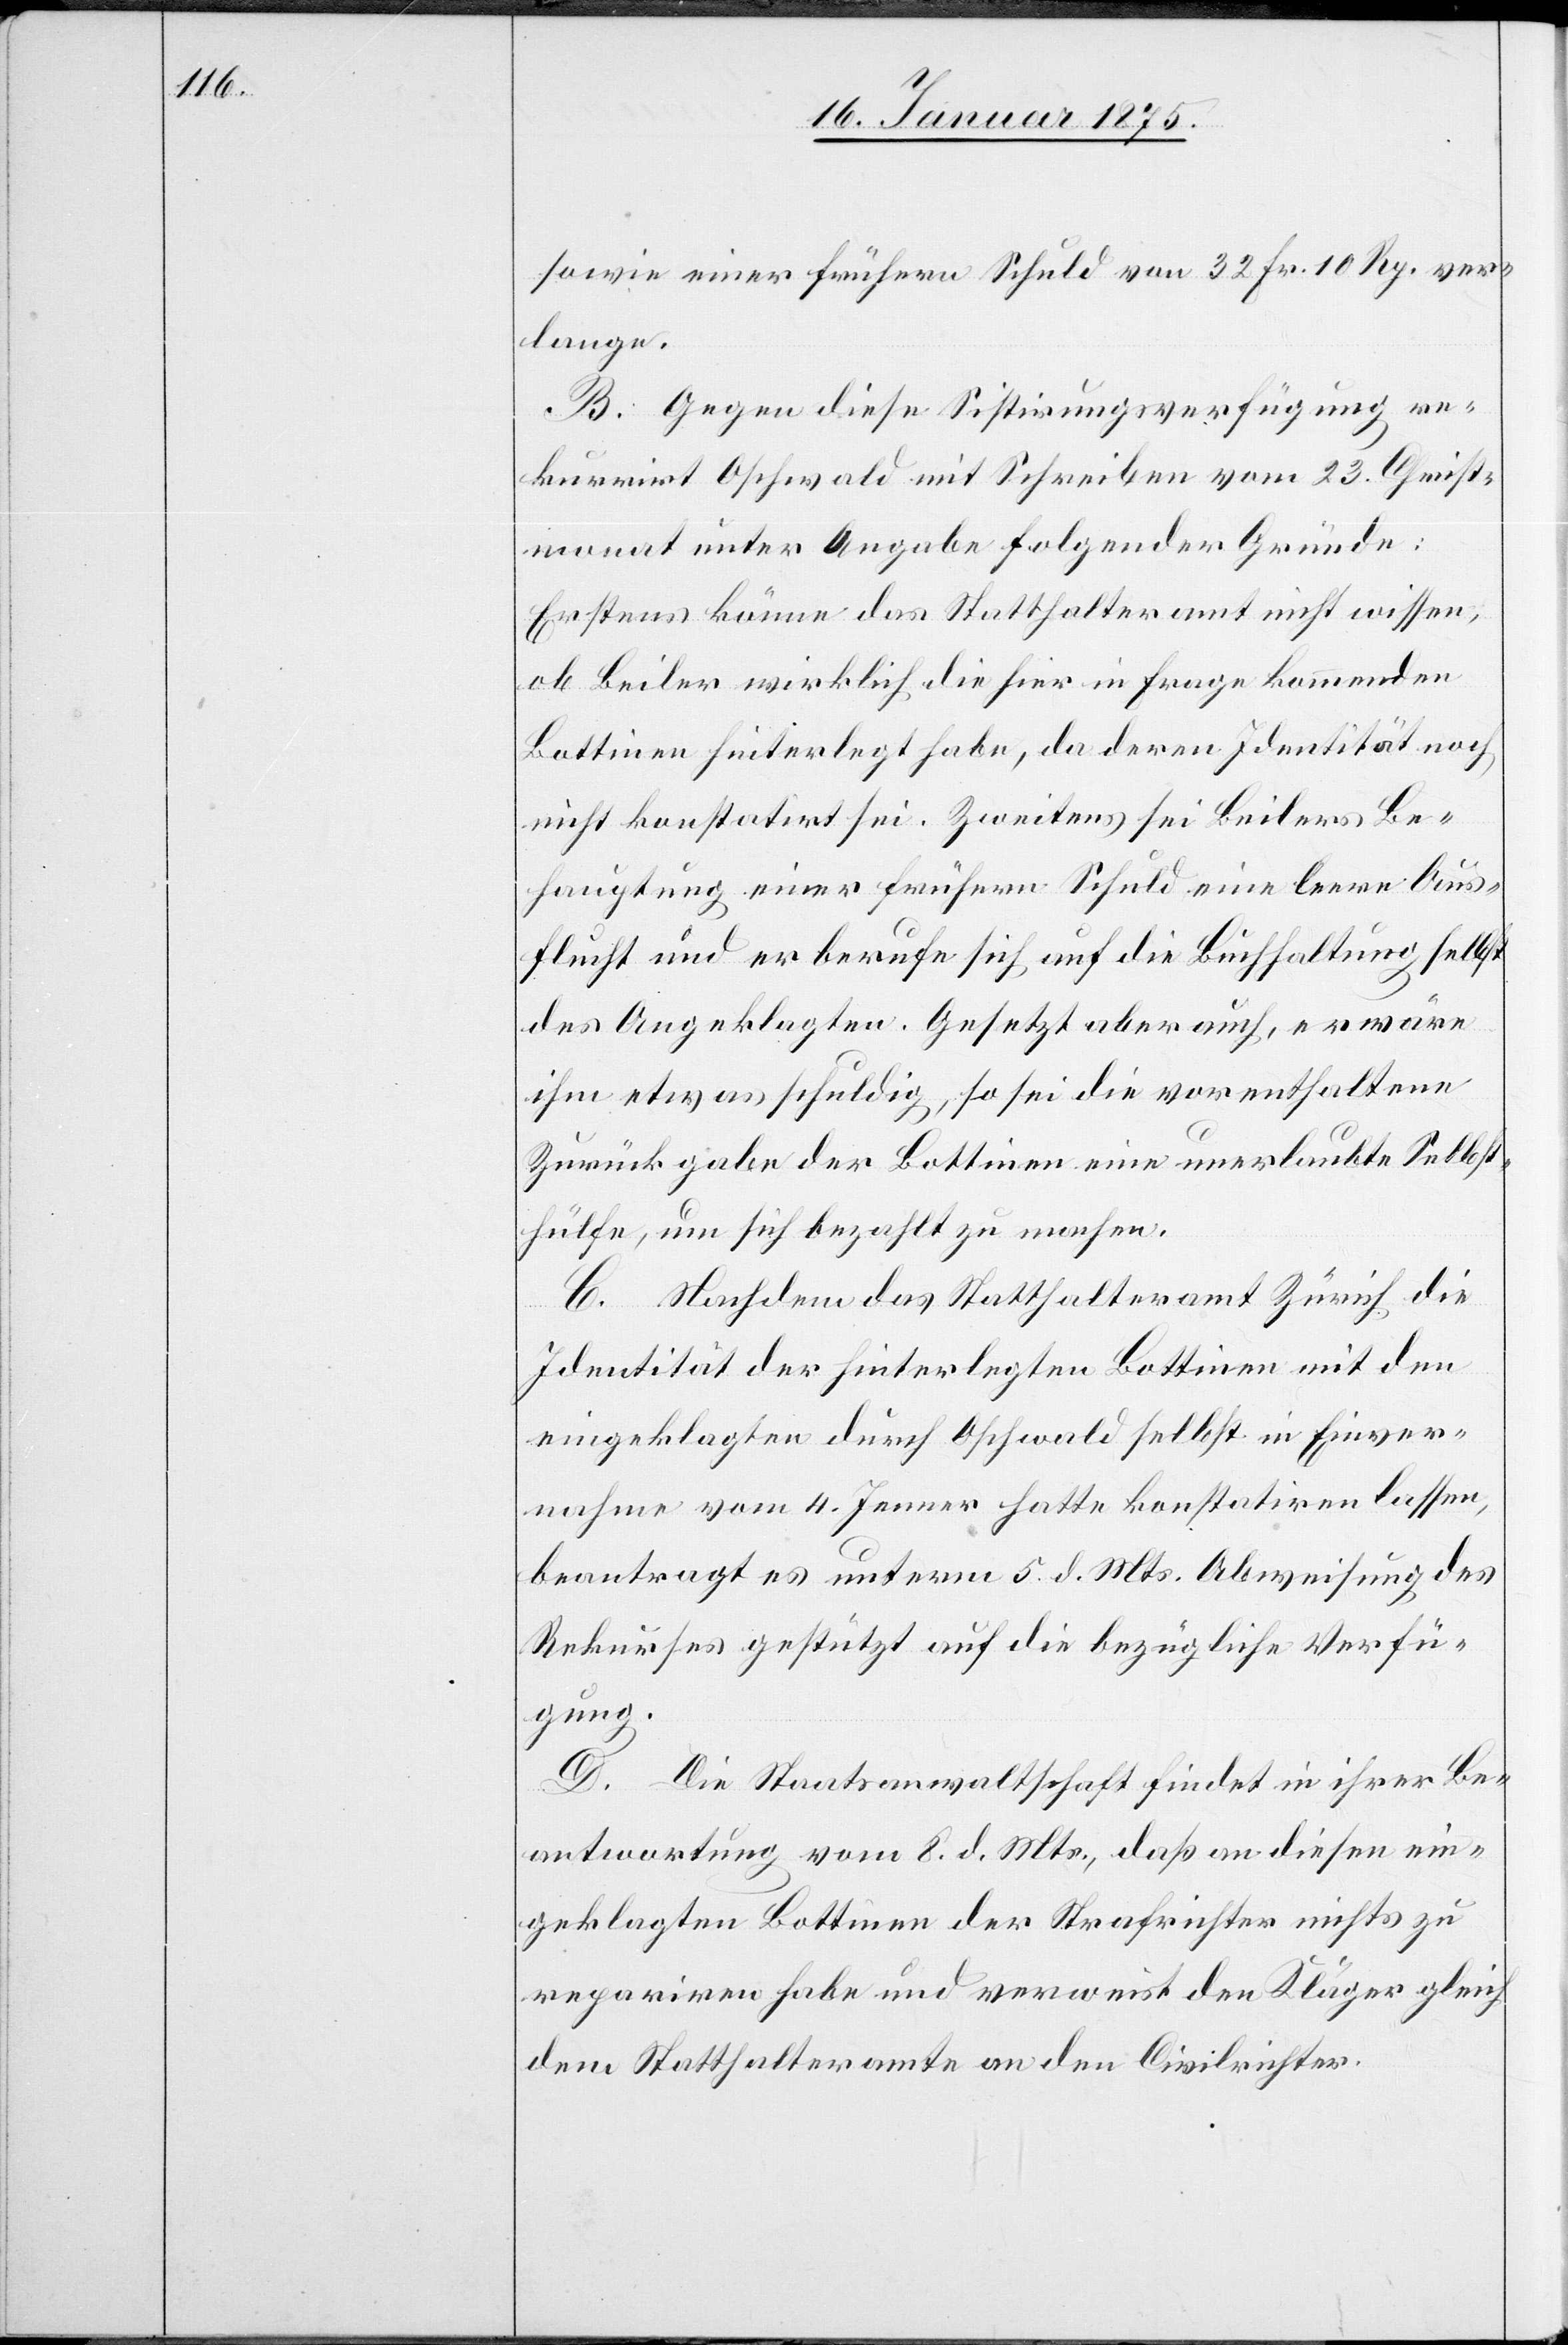
sowie einer frühern Schuld von 32 Fr. 10 Rp. ver¬
lange.
B. Gegen diese Sistirungsverfügung re¬
kurrirt Oschwald mit Schreiben vom 23. Christ¬
monat unter Angabe folgender Gründe:
Erstens könne das Statthalteramt nicht wissen,
ob Beiler wirklich die hier in Frage kommenden
Bottinen hinterlegt habe, da deren Identität noch
nicht konstatirt sei. Zweitens sei Beilers Be¬
hauptung einer frühern Schuld eine leere Aus¬
flucht und er berufe sich auf die Buchhaltung selbst
des Angeklagten. Gesetzt aber auch, er wäre
ihm etwas schuldig, so sei die vorenthaltene
Zurückgabe der Bottinen eine unerlaubte Selbst¬
hülfe, um sich bezahlt zu machen.
C. Nachdem das Statthalteramt Zürich die
Identität der hinterlegten Bottinen mit den
eingeklagten durch Oschwald selbst in Einver¬
nahme vom 4. Jenner hatte konstatiren lassen,
beantragt es unterm 5. d. Mts. Abweisung des
Rekurses gestützt auf die bezügliche Verfü¬
gung.
D. Die Staatsanwaltschaft findet in ihrer Be¬
antwortung vom 8. d. Mts., daß an diesen ein¬
geklagten Bottinen der Strafrichter nichts zu
repariren habe und verweist den Kläger gleich
dem Statthalteramte an den Civilrichter.